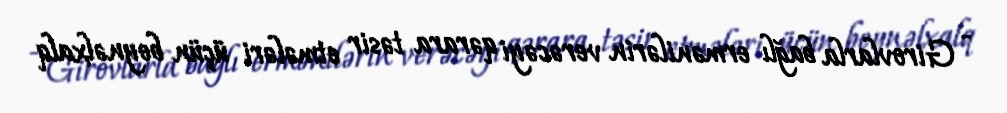
- Girovlarla bağlı ermənilərin verəcəyi qərara təsir etmələri üçün beynəlxalq